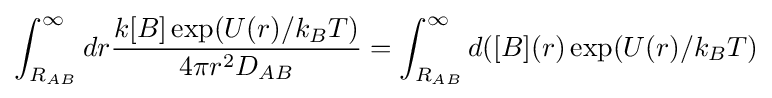
\int _{R_{AB}}^{\infty }dr{\frac {k[B]\exp(U(r)/k_{B}T)}{4\pi r^{2}D_{AB}}}=\int _{R_{AB}}^{\infty }d([B](r)\exp(U(r)/k_{B}T)